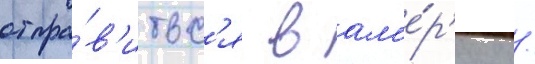
отпра́в'итьс'я в ам'е́р'ику /